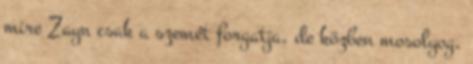
mire Zayn csak a szemét forgatja, de közben mosolyog.